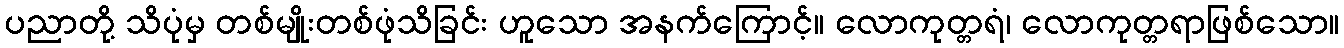
ပညာတို့ သိပုံမှ တစ်မျိုးတစ်ဖုံသိခြင်း ဟူသော အနက်ကြောင့်။ လောကုတ္တရံ၊ လောကုတ္တရာဖြစ်သော။